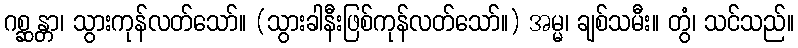
ဂစ္ဆန္တာ၊ သွားကုန်လတ်သော်။ (သွားခါနီးဖြစ်ကုန်လတ်သော်။) အမ္မ၊ ချစ်သမီး။ တွံ၊ သင်သည်။